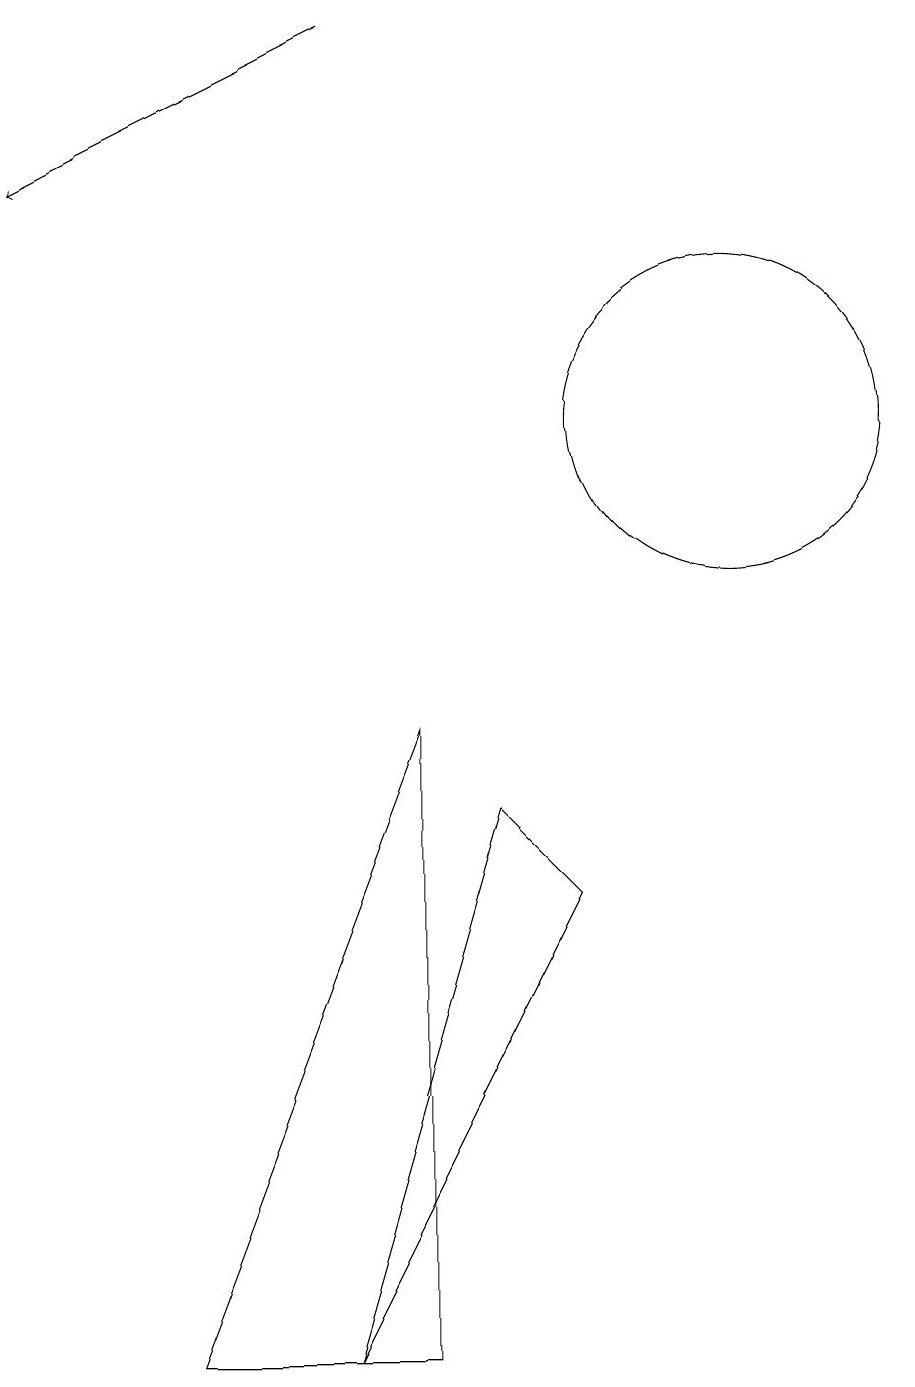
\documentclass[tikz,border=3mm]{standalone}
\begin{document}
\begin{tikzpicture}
\draw (3,0) -- (6,0) -- (6,8) -- cycle;
\draw[->] (5,17) -- (1,15);
\draw (10,12) circle (2);
\draw (8,6) -- (5,0) -- (7,7) -- cycle;
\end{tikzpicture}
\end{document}